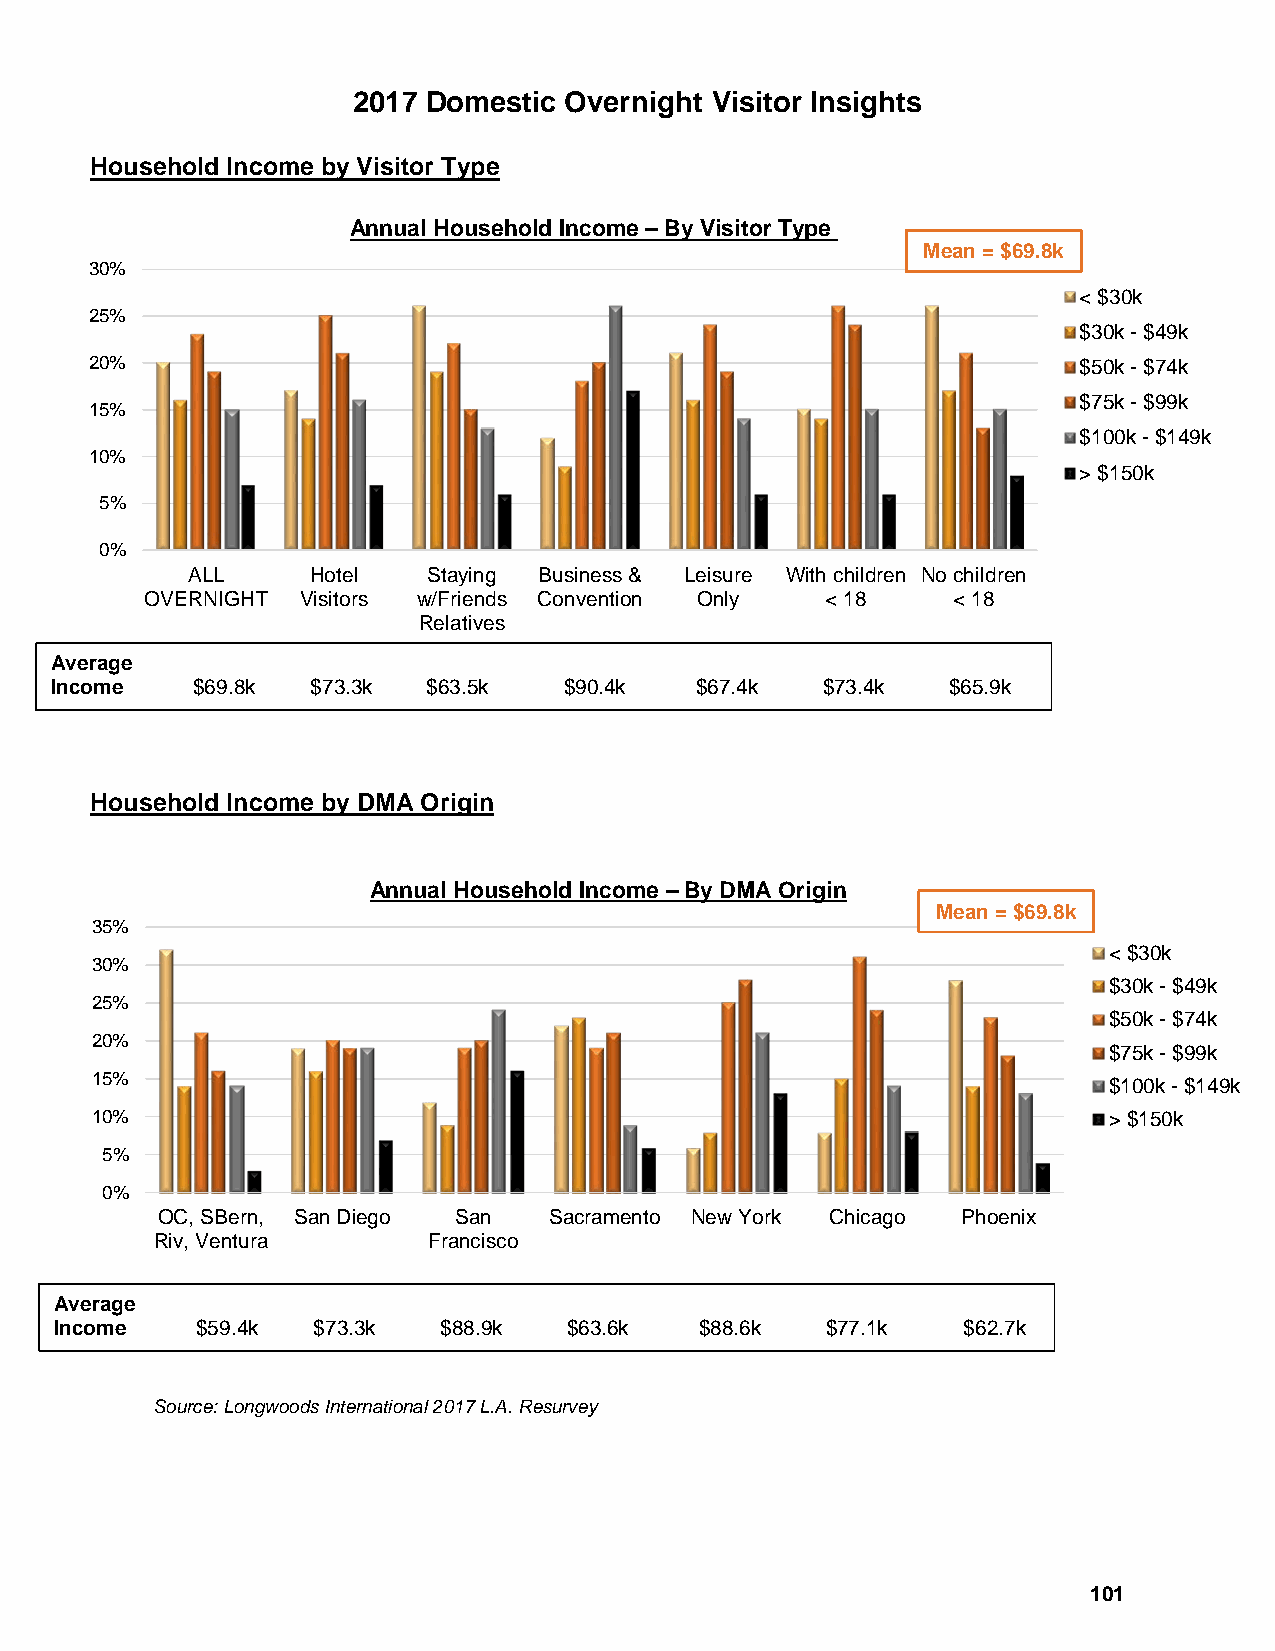
2017 Domestic Overnight Visitor Insights
 Household Income by Visitor Type
 Annual Household Income –By Visitor Type
 Mean = $69.8k
 30%
 < $30k
 25%
 $30k - $49k
 20%                                                              $50k - $74k
 $75k - $99k
 15%
 $100k - $149k
 10%
 > $150k
 5%
 0%
 ALL      Hotel  Staying Business & Leisure With children No children
 OVERNIGHT Visitors w/Friends Convention Only < 18    < 18
 Relatives
 Average
 Income    $69.8k  $73.3k $63.5k   $90.4k   $67.4k  $73.4k   $65.9k
 Household Income by DMA Origin
 Annual Household Income –By DMA Origin
 Mean = $69.8k
 35%
 < $30k
 30%
 $30k - $49k
 25%
 $50k - $74k
 20%
 $75k - $99k
 15%
 $100k - $149k
 10%                                                                > $150k
 5%
 0%
 OC, SBern, San Diego San  Sacramento New York Chicago Phoenix
 Riv, Ventura      Francisco
 Average
 Income   $59.4k  $73.3k  $88.9k   $63.6k  $88.6k   $77.1k   $62.7k
 Source: Longwoods International 2017 L.A. Resurvey
 101